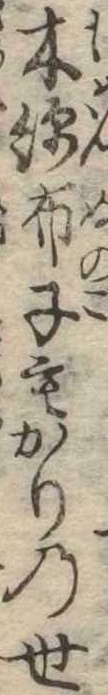
木綿布子もかりの世